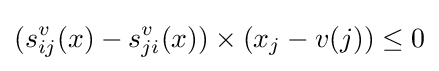
(s_{ij}^{v}(x)-s_{ji}^{v}(x))\times (x_{j}-v(j))\leq 0